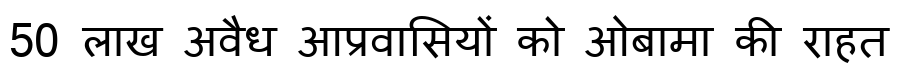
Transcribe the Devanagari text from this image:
50 लाख अवैध आप्रवासियों को ओबामा की राहत